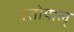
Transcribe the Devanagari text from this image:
बसोयाल्